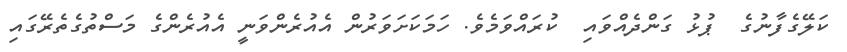
ކަލޭގެފާނުގެ  ޕުޅު ގަންދެއްވައި  ކުރައްވަމެވެ. ހަމަކަށަވަރުން އެއުރެންވަނީ އެއުރެންގެ މަސްތުގެތެރޭގައި